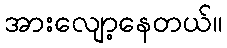
အားလျော့နေတယ်။